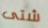
شتى